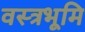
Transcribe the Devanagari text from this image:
वस्त्रभूमि